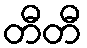
တီတီ